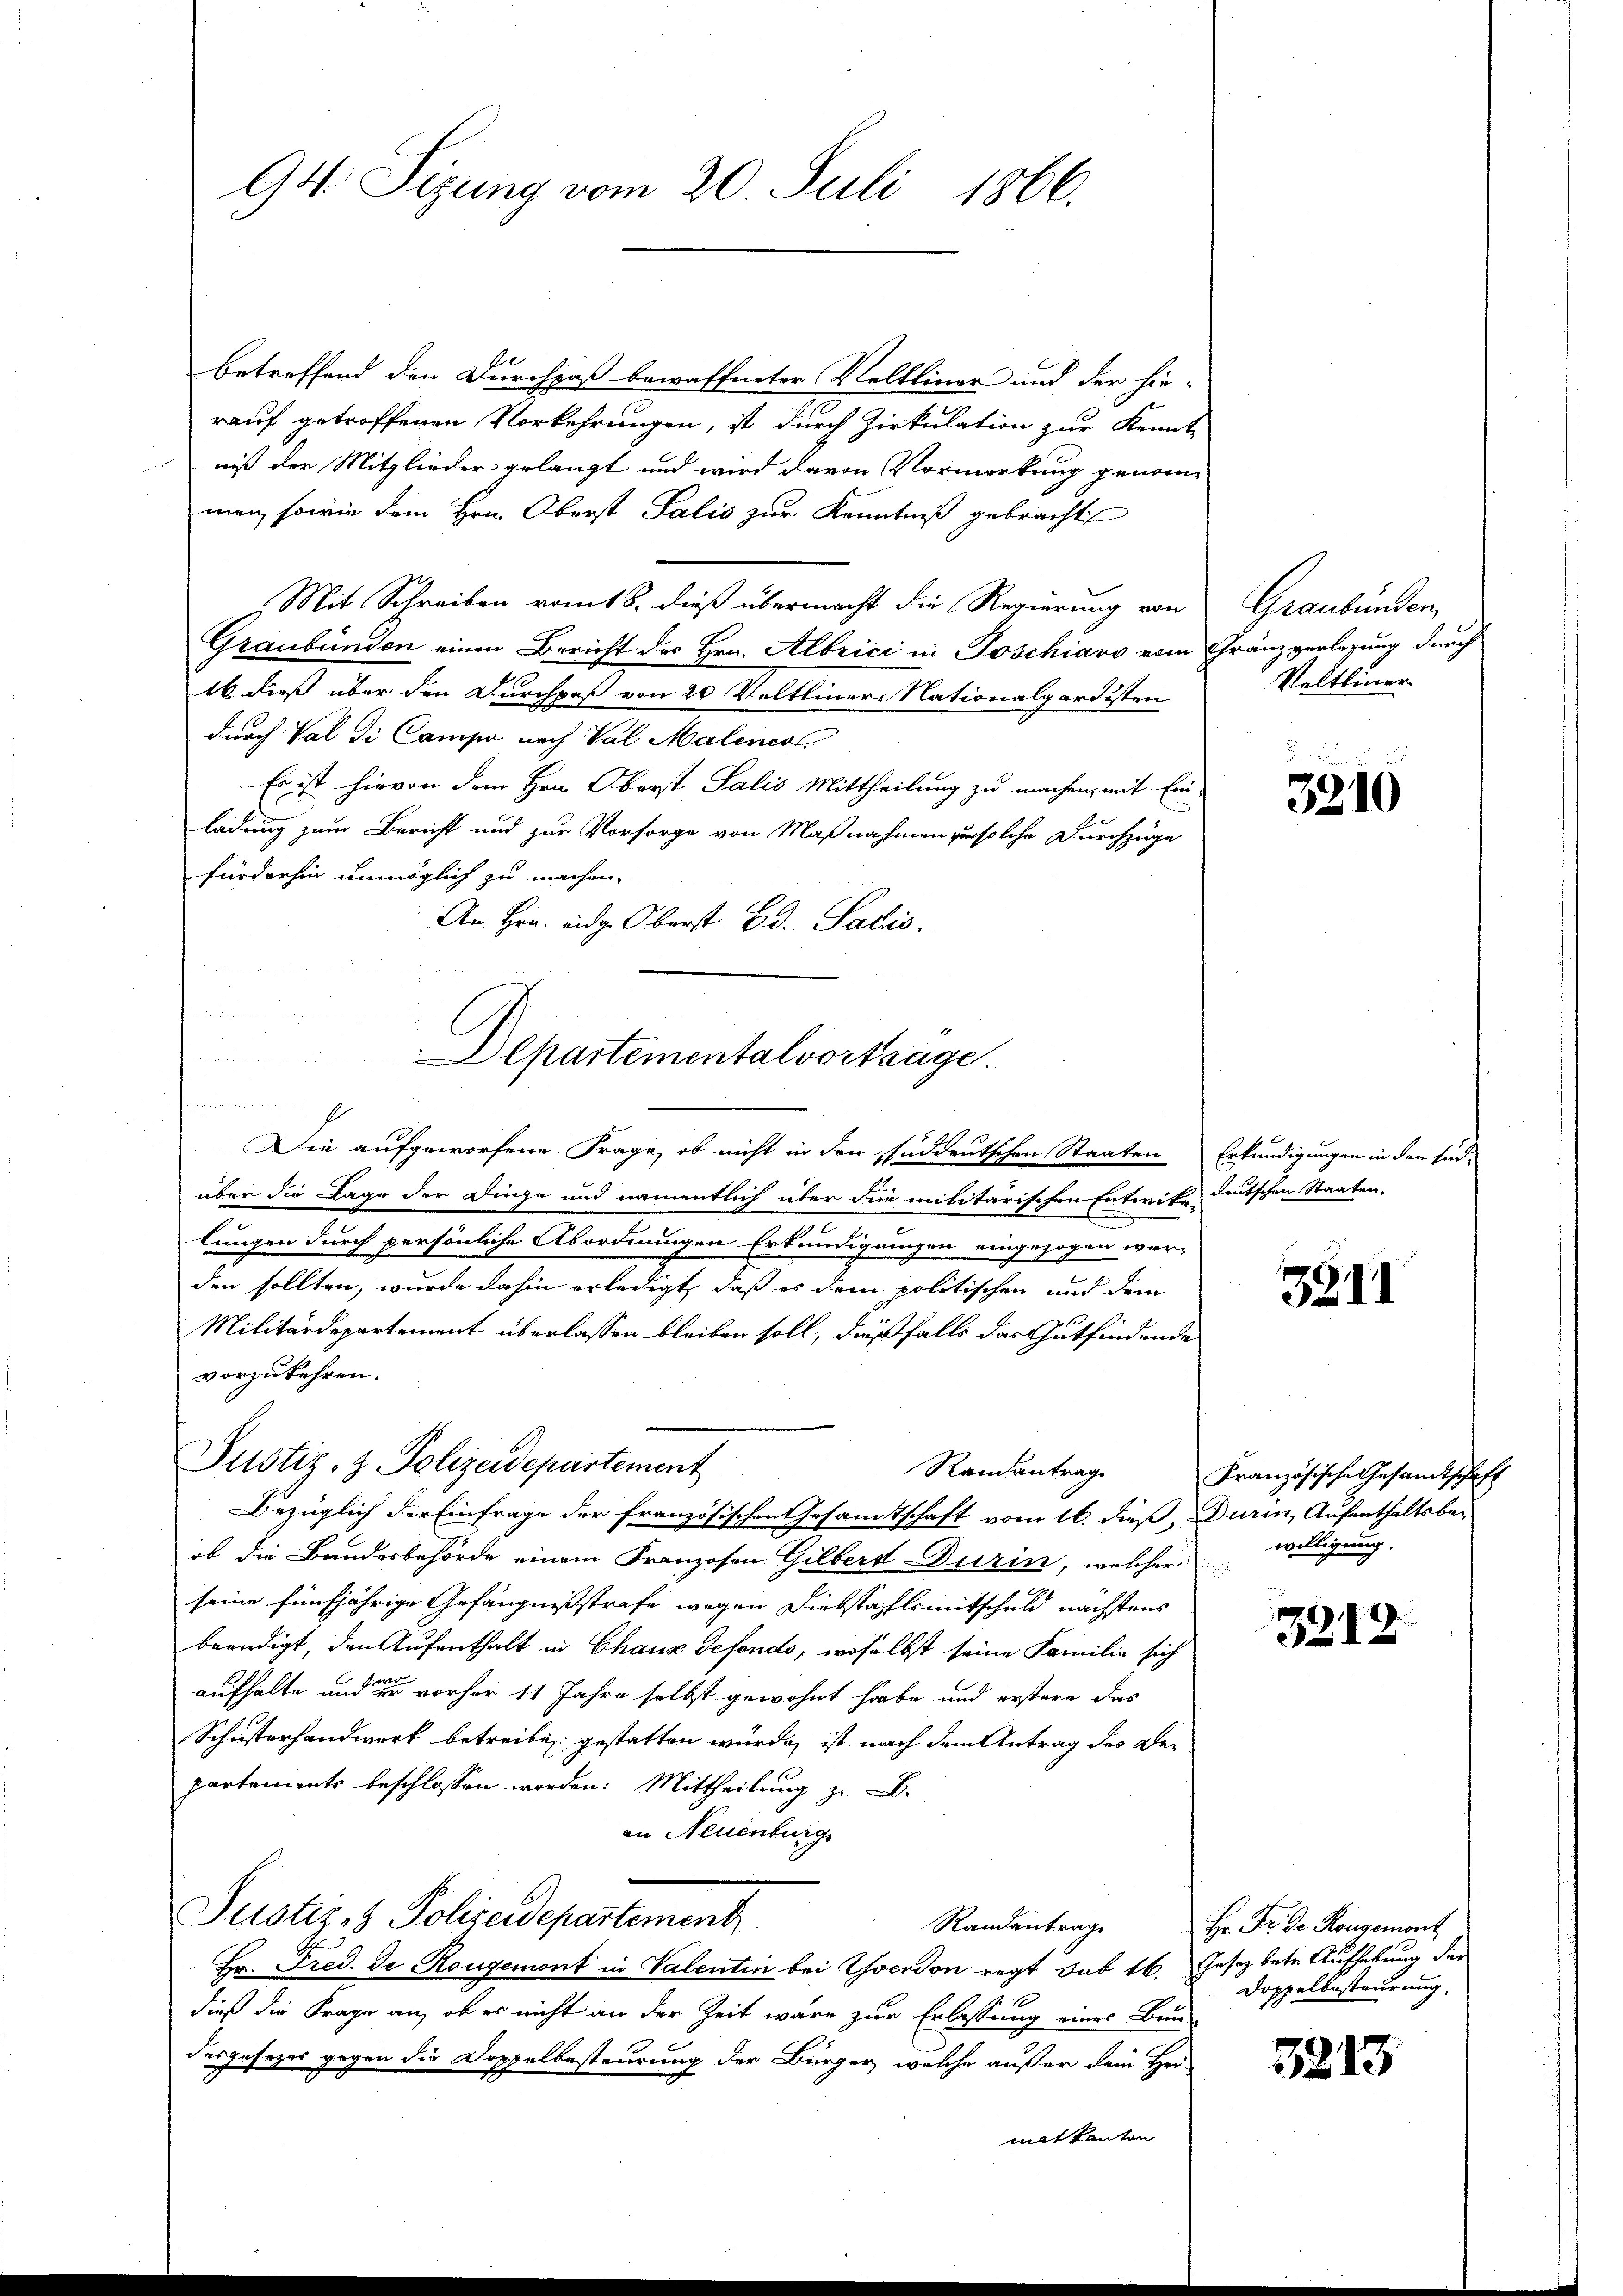
94. Sizung vom 20. Juli 1866.

de
betreffend den Durchpaß bewaffneter Veltliner und der hie-
rauf getroffenen Vorkehrungen, ist durch Zirkulation zur Kennt-
niß der Mitglieder gelangt und wird davon Vormerkung genommen, sowie dem Hrn. Oberst Salis zur Kenntniß gebracht
Mit Schreiben vom 18. dieß übermacht die Regierung von
Graubünden einen Bericht des Hrn. Albrici in Poschiavo vom
16 dieß über den Durchpaß von 20 Veltliner Nationalgardisten
durch Val die Campe nach Val Malenes
Es ist hievon dem Hrn. Oberst Salis Mittheilung zu machen, mit Ein-
ladung zum Bericht und zur Vorsorge von Maßnahmen zu solche Durchzuge
fürderhin unmöglich zu machen.
An Hrn. eidg. Oberst Bd. Salis

Die aufgeworfene Frage, ob nicht in den Enddeutschen Staaten Erkundigungen in den End-
über die Lage der Dinge und namentlich über die militärischen Entwitz deutschen Staaten.
lungen durch persönliche Abordnungen Erkundigungen eingezogen wor-
den sollten, wurde dahin erledigt, daß es dem politischen und dem
Militärdepartement überlassen bleiben soll, dießfalls das Gutfindende
vorzukehren.
Justiz- & Polizeidepartement
Randantrag
Bezüglich der Einfrage der französischen Gesamtschaft vom 16. dieß, Durin, Aufenthaltsbe-
ob die Bandesbehörde einem Franzosen Gilber Durin, welcher
seine fünfjährige Gefängnißstrafe wegen Diebstahls mitschuld nächstens
beendigt, den Aufenthalt in Chaux defonds, woselbst seine Familie sich
aufhalte und der vorher 11 Jahre selbst gewohnt habe und erstere das
Schusterhandwerk betreiben gestatten wurde, ist nach dem Antrag des Der
partements beschlossen worden: Mittheilung z. B.
an Neuenburg
Justiz- & Polizeidepartement
Randantrage
Hr. Fred. De Rougemont in Valentin bei verdon regt sub 16. Gesetz bete Aufhebung der
dieß die Frage an, ob es nicht an der Zeit wäre zur Erlassung eines Bau-
desgesezes gegen die Doppelbesteurung der Bürger, welche außer dem Her-
mat kanton

Departementalvortrage.

Graubünden,
Gränz verlegung durch
Veltliner

3910

3911

Französische Gesandtschaft
willigung.

3212.

Hr. Fr. de Rougemont
Doppelbesteurung

3213